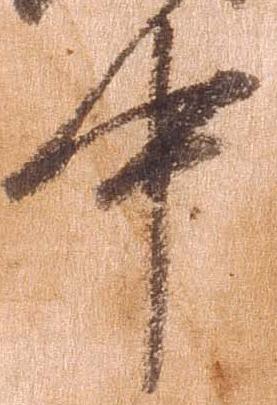
中